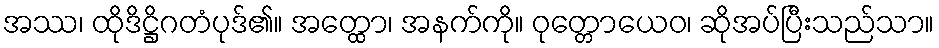
အဿ၊ ထိုဒိဋ္ဌိဂတံပုဒ်၏။ အတ္ထော၊ အနက်ကို။ ဝုတ္တောယေဝ၊ ဆိုအပ်ပြီးသည်သာ။